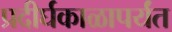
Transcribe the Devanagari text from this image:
प्रदीर्घकाळापर्यंत